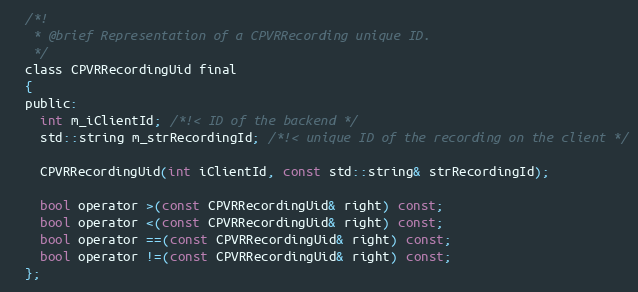
Language: C
  /*!
   * @brief Representation of a CPVRRecording unique ID.
   */
  class CPVRRecordingUid final
  {
  public:
    int m_iClientId; /*!< ID of the backend */
    std::string m_strRecordingId; /*!< unique ID of the recording on the client */

    CPVRRecordingUid(int iClientId, const std::string& strRecordingId);

    bool operator >(const CPVRRecordingUid& right) const;
    bool operator <(const CPVRRecordingUid& right) const;
    bool operator ==(const CPVRRecordingUid& right) const;
    bool operator !=(const CPVRRecordingUid& right) const;
  };